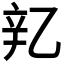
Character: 𬨖